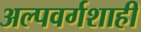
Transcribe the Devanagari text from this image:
अल्पवर्गशाही